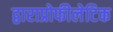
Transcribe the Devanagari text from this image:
द्वाराप्रोफीलेटिक